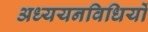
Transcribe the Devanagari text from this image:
अध्ययनविधियों